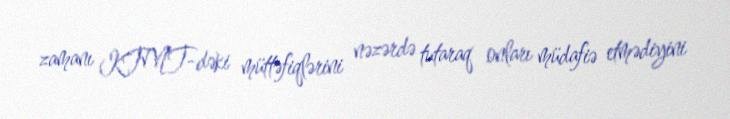
zamanı KTMT-dəki müttəfiqlərini nəzərdə tutaraq onları müdafiə etmədiyini